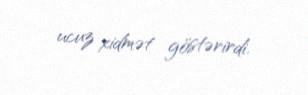
ucuz xidmət göstərirdi.